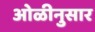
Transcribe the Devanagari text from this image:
ओळीनुसार